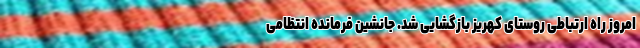
امروز راه ارتباطی روستای کهریز بازگشایی شد. جانشین فرمانده انتظامی